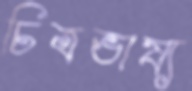
চিত্রভাষ্য